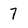
Character: 7